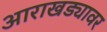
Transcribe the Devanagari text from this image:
आराखड्यावर